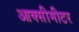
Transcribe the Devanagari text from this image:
आक्सीमीटर